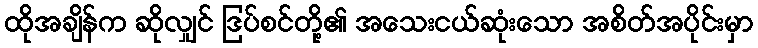
ထိုအချိန်က ဆိုလျှင် ဒြပ်စင်တို့၏ အသေးငယ်ဆုံးသော အစိတ်အပိုင်းမှာ